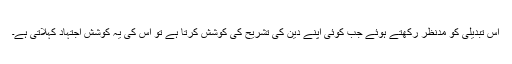
اس تبدیلی کو مدنظر رکھتے ہوئے جب کوئی اپنے دین کی تشریح کی کوشش کرتا ہے تو اس کی یہ کوشش اجتہاد کہلاتی ہے۔